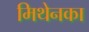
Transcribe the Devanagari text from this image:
मिथेनका